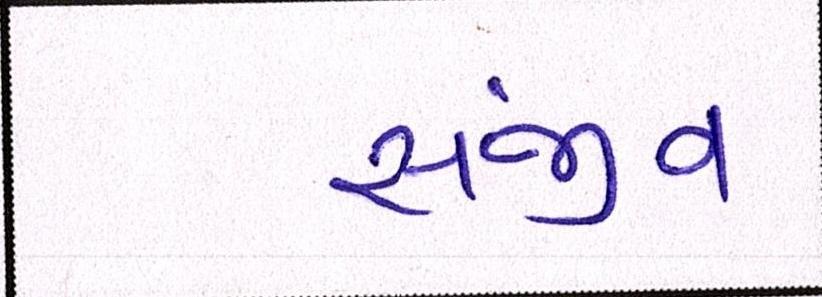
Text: સંજીવ